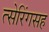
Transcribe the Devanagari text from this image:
त्सेरिंगसह